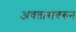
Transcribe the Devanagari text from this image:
अवतारावरुन